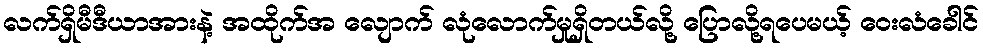
လက်ရှိမီဒီယာအားနဲ့ အထိုက်အ လျောက် လုံလောက်မှုရှိတယ်လို့ ပြောလို့ရပေမယ့် ဝေးလံခေါင်